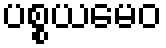
ပစ္စယမေဝ